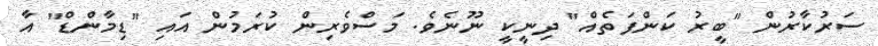
ސަރުކާރުން "ބީރު ކަންފަތެއް" ދިނީކީ ނޫނެވެ. މަސްވެރިން ކުރަމުން އައި "ޑިމާންޑް" އާ